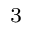
_ { 3 }